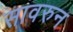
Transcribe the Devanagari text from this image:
सावरुन